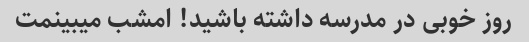
روز خوبی در مدرسه داشته باشید! امشب میبینمت